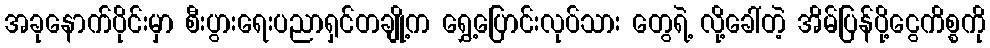
အခုနောက်ပိုင်းမှာ စီးပွားရေးပညာရှင်တချို့က ရွှေ့ပြောင်းလုပ်သား တွေရဲ့ လို့ခေါ်တဲ့ အိမ်ပြန်ပို့ငွေကိစ္စကို